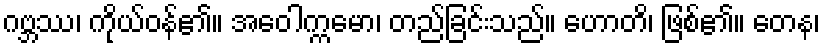
ဂဗ္ဘဿ၊ ကိုယ်ဝန်၏။ အဝေါက္ကမော၊ တည်ခြင်းသည်။ ဟောတိ၊ ဖြစ်၏။ တေန၊